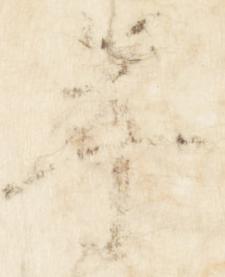
年